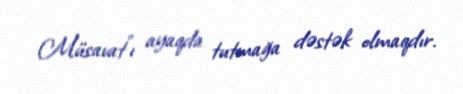
Müsavat"ı ayaqda tutmağa dəstək olmaqdır.